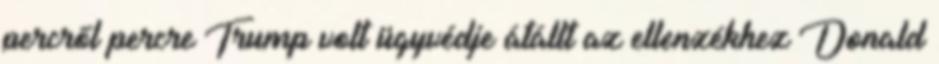
percről percre Trump volt ügyvédje átállt az ellenzékhez Donald